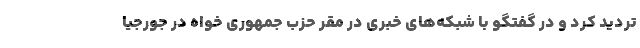
تردید کرد و در گفتگو با شبکه‌های خبری در مقر حزب جمهوری خواه در جورجیا